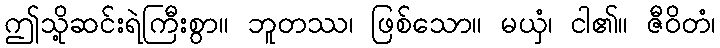
ဤသို့ဆင်းရဲကြီးစွာ။ ဘူတဿ၊ ဖြစ်သော။ မယှံ၊ ငါ၏။ ဇီဝိတံ၊